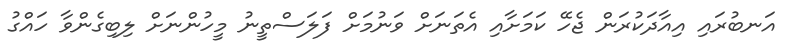
އަނބުރައި އިއާދަކުރަން ޖެހޭ ކަމަށާއި އެތަނަށް ވަނުމަށް ފަލަސްތީނު މީހުންނަށް ލިބިގެންވާ ހައްގު